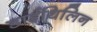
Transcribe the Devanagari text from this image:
डाईथिलिन